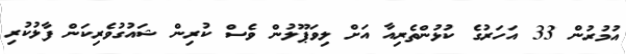
އުމުރުން 33 އަހަރުގެ ކުޅުންތެރިއާ އަށް ލިވަޕޫލުން ވެސް ކުރިން ޝައުގުވެރިކަން ފާޅުކުރި